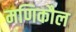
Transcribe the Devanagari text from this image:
मणिकौल